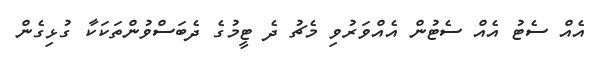
އެއް ސެޓު އެއް ސެޓުން އެއްވަރުވި މެޗު ދެ ޓީމުގެ ދެބަސްވުންތަކަކާ ގުޅިގެން